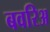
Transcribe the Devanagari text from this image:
बवरिअ